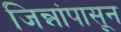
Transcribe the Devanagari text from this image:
जिन्नांपासून